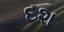
દશ